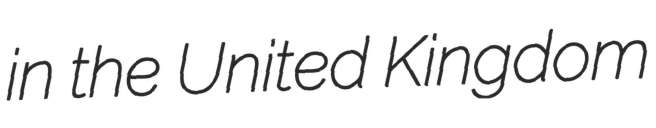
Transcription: in the United Kingdom